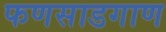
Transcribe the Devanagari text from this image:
फणसाडगाण